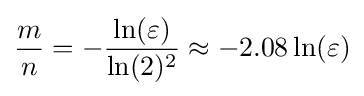
{\frac {m}{n}}=-{\frac {\ln(\varepsilon )}{\ln(2)^{2}}}\approx -2.08\ln(\varepsilon )